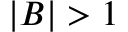
| B | > 1